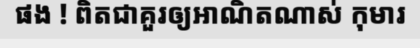
ផង ! ពិតជាគួរឲ្យអាណិតណាស់ កុមារ